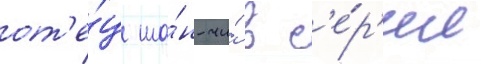
от'е́ц ша́н-чи́ в с'е́р'ии